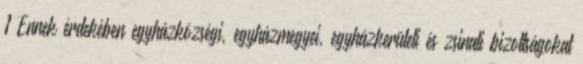
1 Ennek érdekében egyházközségi, egyházmegyei, egyházkerületi és zsinati bizottságokat